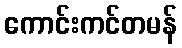
ကောင်းကင်တမန်